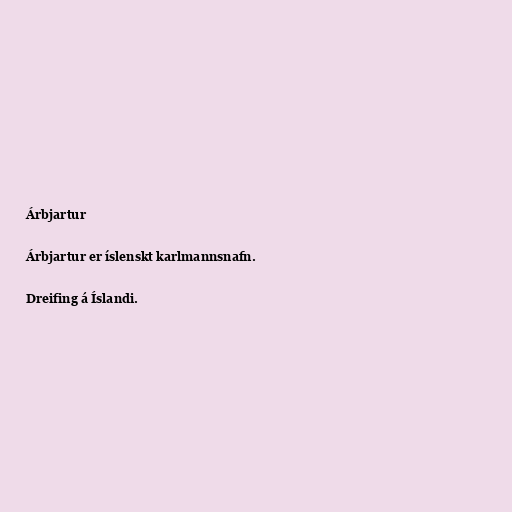
Árbjartur

Árbjartur er íslenskt karlmannsnafn.

Dreifing á Íslandi.